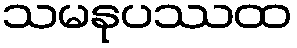
သမနုပဿထ